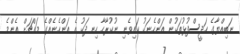
ނަބިއްޔާގެ ހަދީސްފުޅުތަކުން އަންހެނަކު ކައިވެނި ނުކުރާހާ ހިނދަކު އެ އަންހެނެއްގެ މައްޗަށް އެންމެ